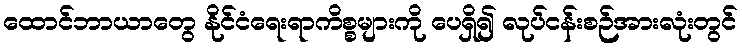
ထောင်ဘာယာတွေ နိုင်ငံရေးရာကိစ္စများကို ပေရှိ၍ လုပ်ငန်းစဉ်အားလုံးတွင်